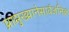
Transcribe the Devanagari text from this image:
प्रामुख्यानेसार्वजनिक